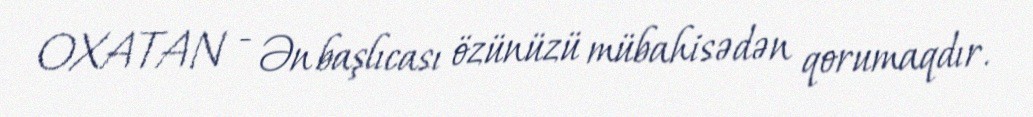
OXATAN - Ən başlıcası özünüzü mübahisədən qorumaqdır.